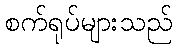
စက်ရုပ်များသည်